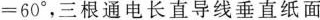
= 6 0 °$$，三根通电长直导线垂直纸面